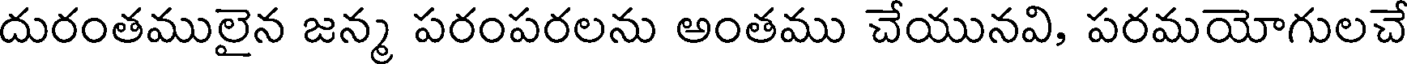
దురంతములైన జన్మ పరంపరలను అంతము చేయునవి, పరమయోగులచే